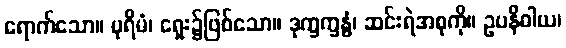
ရောက်သော။ ပုရိမံ၊ ရှေး၌ဖြစ်သော။ ဒုက္ခက္ခန္ဓံ၊ ဆင်းရဲအစုကို။ ဥပနိဓါယ၊